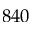
8 4 0